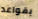
بقواعد